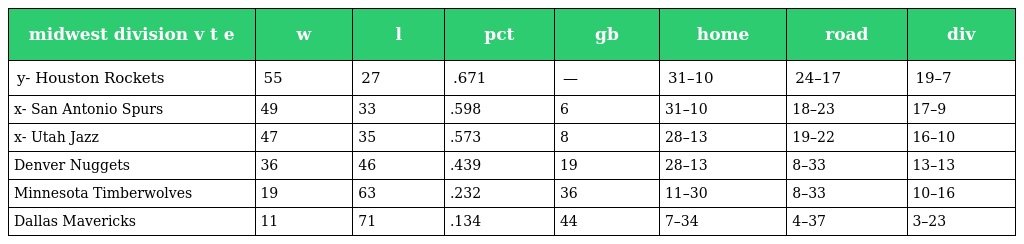
| midwest division v t e | w | l | pct | gb | home | road | div |
 | --- | --- | --- | --- | --- | --- | --- | --- |
 | y- Houston Rockets | 55 | 27 | .671 | — | 31–10 | 24–17 | 19–7 |
 | x- San Antonio Spurs | 49 | 33 | .598 | 6 | 31–10 | 18–23 | 17–9 |
 | x- Utah Jazz | 47 | 35 | .573 | 8 | 28–13 | 19–22 | 16–10 |
 | Denver Nuggets | 36 | 46 | .439 | 19 | 28–13 | 8–33 | 13–13 |
 | Minnesota Timberwolves | 19 | 63 | .232 | 36 | 11–30 | 8–33 | 10–16 |
 | Dallas Mavericks | 11 | 71 | .134 | 44 | 7–34 | 4–37 | 3–23 |